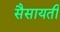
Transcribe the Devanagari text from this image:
सैसायती